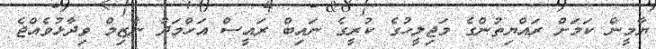
ޔާމީން ކަމަށް ރައްޔިތުންގެ މަޖިލީހުގެ ކުރީގެ ނައިބް ރައީސް އަހްމަދު ނާޒިމް ވިދާޅުވެއްޖެ